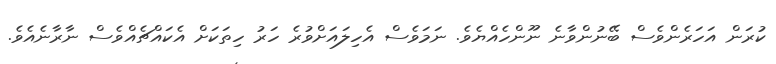
ކުރަން އަހަރެންވެސް ބޭނުންވާނެ ނޫންހެއްޔެވެ. ނަމަވެސް އެހިލައަށްވުރެ ހަރު ހިތަކަށް އެކައްޗެއްވެސް ނާރާނެއެވެ.